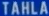
TAHLA